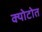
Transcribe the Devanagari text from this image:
क्योटोत